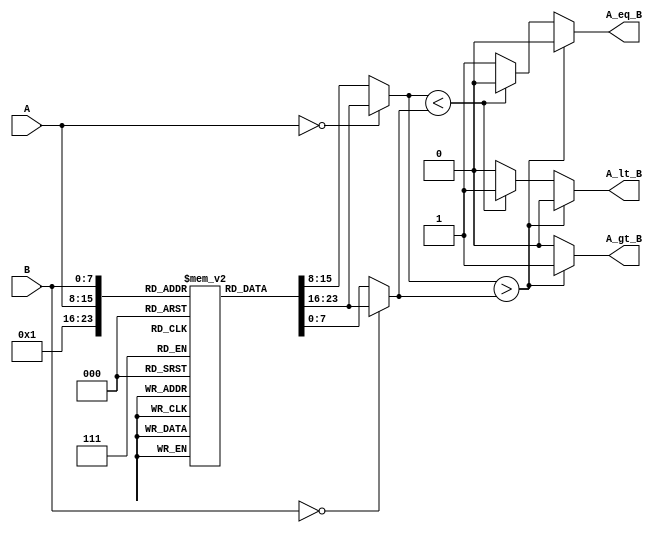
module LogarithmicComparator #(parameter N = 8) (
    input [N-1:0] A, // Input A
    input [N-1:0] B, // Input B
    output reg A_gt_B, // A > B
    output reg A_eq_B, // A = B
    output reg A_lt_B  // A < B
);

    // Logarithm Lookup Table (for the sake of example, using a small range)
    reg [N-1:0] log_table [0:255]; // Assuming 8-bit inputs, adjust size for larger inputs
    initial begin
        // Initialize lookup table (logarithm approximation)
        // log_table[i] = log2(i) (scaled appropriately)
        log_table[0] = 0; // log(0) is undefined, handle separately
        log_table[1] = 0; // log(1) = 0
        // Fill in more values based on desired logarithm approximation
        // For example purposes, populating a few values
        log_table[2] = 1;
        log_table[3] = 1; // log(3) roughly equals 1.585, but we will simplify
        log_table[4] = 2; // log(4) = 2
        log_table[5] = 2; // log(5) roughly equals 2.321
        log_table[6] = 2; // log(6) roughly equals 2.585
        log_table[7] = 2; // log(7) roughly equals 2.807
        log_table[8] = 3; // log(8) = 3
        // Continue populating the table as needed
    end

    // Logarithm Outputs
    wire [N-1:0] log_A;
    wire [N-1:0] log_B;

    // Handle special case for zero inputs
    assign log_A = (A == 0) ? log_table[1] : log_table[A]; // log(0) handled
    assign log_B = (B == 0) ? log_table[1] : log_table[B]; // log(0) handled

    // Comparison Logic
    always @(*) begin
        A_gt_B = 0;
        A_eq_B = 0;
        A_lt_B = 0;

        if (log_A > log_B) begin
            A_gt_B = 1;
        end else if (log_A < log_B) begin
            A_lt_B = 1;
        end else begin
            A_eq_B = 1;
        end
    end

endmodule